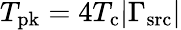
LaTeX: T_{\mathrm{pk}}=4T_{\mathrm{c}}|\Gamma_{\mathrm{src}}|